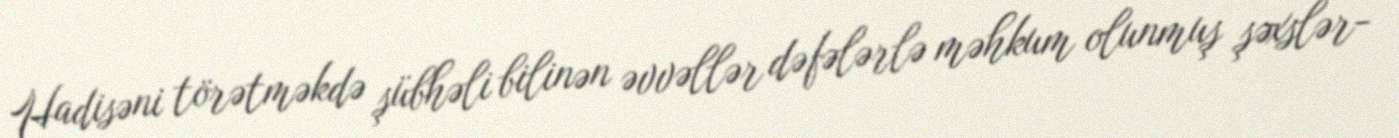
Hadisəni törətməkdə şübhəli bilinən əvvəllər dəfələrlə məhkum olunmuş şəxslər-